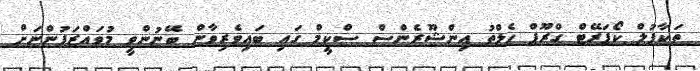
ތަކާފުލް ކޯޕަރޭޓް ގްރޫޕް ހެލްތު އިންޝޫރެންސް ސްކީމް ގައި ބައިވެރިވާން ބޭނުންވީ މުވައްޒަފުންނަށް